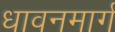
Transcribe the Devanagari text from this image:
धावनमार्ग